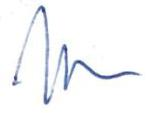
?